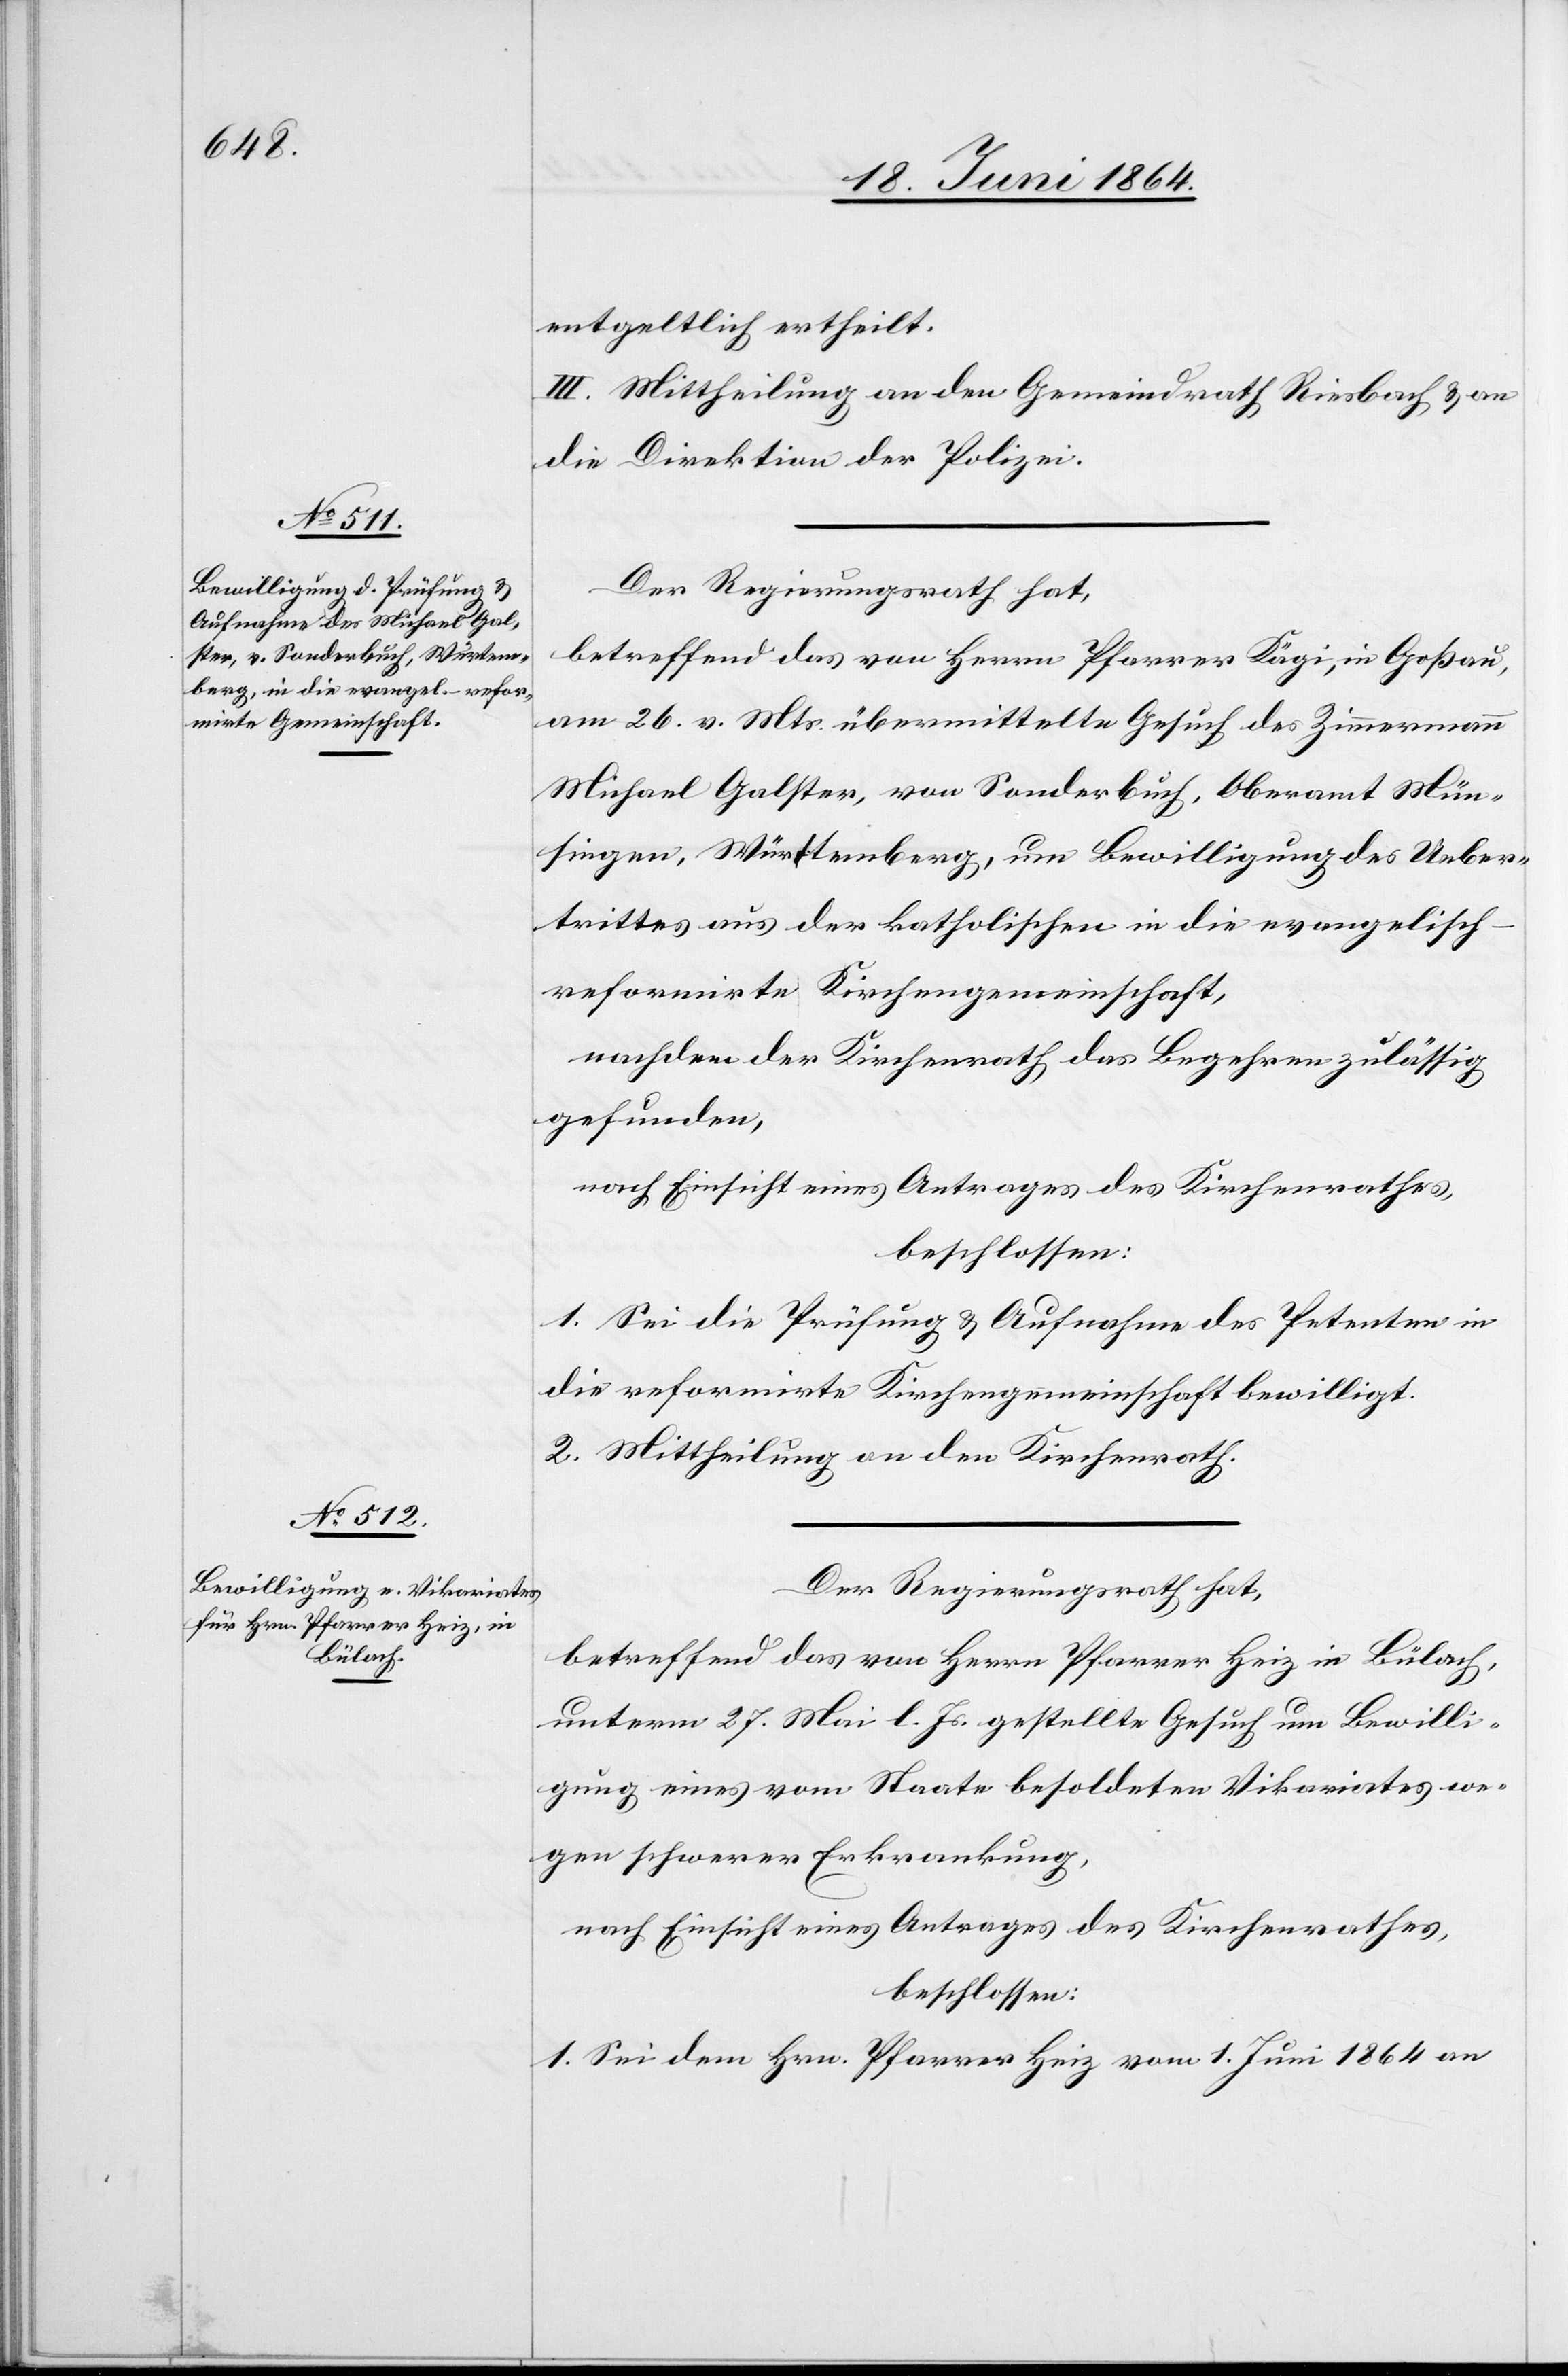
entgeltlich ertheilt.
III. Mittheilung an den Gemeindrath Riesbach u. an
die Direktion der Polizei.
Der Regierungsrath hat,
betreffend das von Herrn Pfarrer Kägi, in Goßau,
am 26. v. Mts. übermittelte Gesuch des Zimmermann
Michael Galster, von Sonderbuch, Oberamt Mün¬
singen, Württemberg, um Bewilligung des Ueber¬
trittes aus der katholischen in die evangelisch-r¬
eformirte Kirchengemeinschaft,
nachdem der Kirchenrath das Begehren zulässig
gefunden,
nach Einsicht eines Antrages des Kirchenrathes,
beschlossen:
1. Sei die Prüfung u. Aufnahme des Petenten in
die reformirte Kirchengemeinschaft bewilligt.
2. Mittheilung an den Kirchenrath.
Der Regierungsrath hat,
betreffend das von Herrn Pfarrer Heiz in Bülach,
unterm 27. Mai l. Js. gestellte Gesuch um Bewilli¬
gung eines vom Staate besoldeten Vikariates we¬
gen schwerer Erkrankung,
nach Einsicht eines Antrages des Kirchenrathes,
beschlossen:
1. Sei dem Hrn. Pfarrer Heiz vom 1. Juni 1864 an